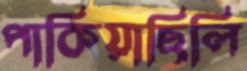
পাকিয়াছিলি